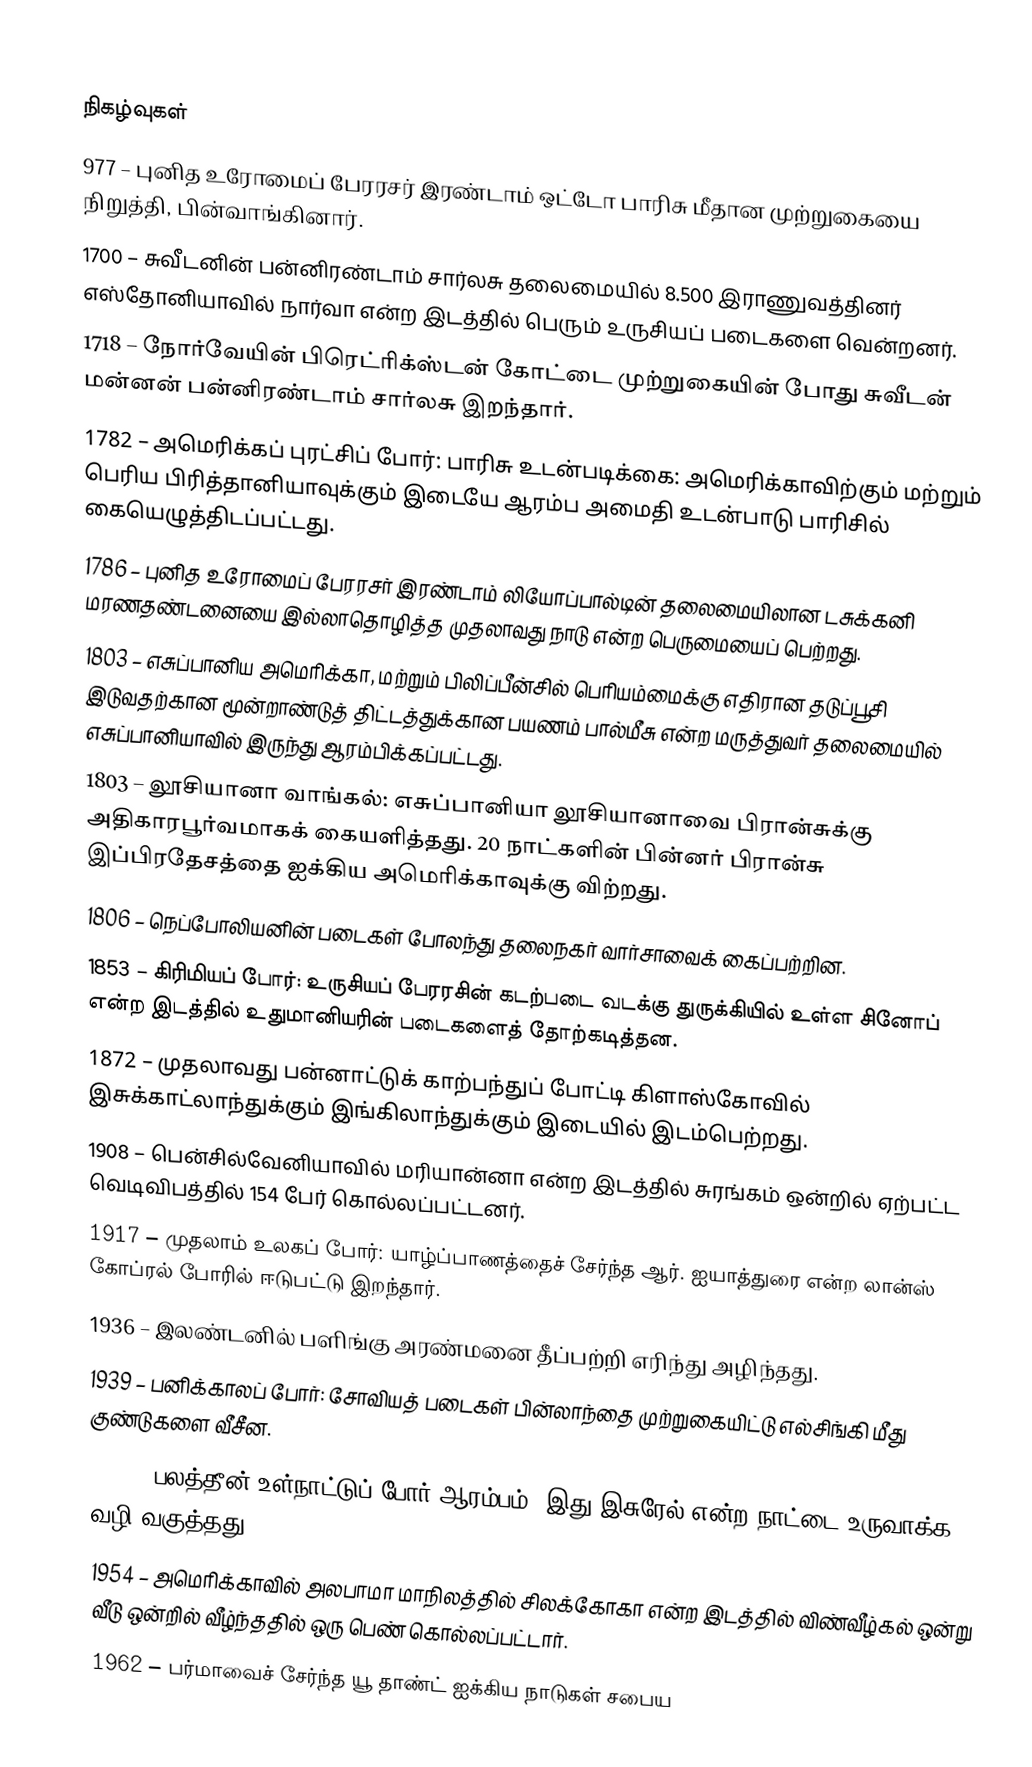

நிகழ்வுகள்
 977 – புனித உரோமைப் பேரரசர் இரண்டாம் ஒட்டோ பாரிசு மீதான முற்றுகையை நிறுத்தி, பின்வாங்கினார்.
1700 – சுவீடனின் பன்னிரண்டாம் சார்லசு தலைமையில் 8.500 இராணுவத்தினர் எஸ்தோனியாவில் நார்வா என்ற இடத்தில் பெரும் உருசியப் படைகளை வென்றனர்.
1718 – நோர்வேயின் பிரெட்ரிக்ஸ்டன் கோட்டை முற்றுகையின் போது சுவீடன் மன்னன் பன்னிரண்டாம் சார்லசு இறந்தார்.
1782 – அமெரிக்கப் புரட்சிப் போர்: பாரிசு உடன்படிக்கை: அமெரிக்காவிற்கும் மற்றும் பெரிய பிரித்தானியாவுக்கும் இடையே ஆரம்ப அமைதி உடன்பாடு பாரிசில் கையெழுத்திடப்பட்டது.
1786 – புனித உரோமைப் பேரரசர் இரண்டாம் லியோப்பால்டின் தலைமையிலான டசுக்கனி மரணதண்டனையை இல்லாதொழித்த முதலாவது நாடு என்ற பெருமையைப் பெற்றது.
1803 – எசுப்பானிய அமெரிக்கா, மற்றும் பிலிப்பீன்சில் பெரியம்மைக்கு எதிரான தடுப்பூசி இடுவதற்கான மூன்றாண்டுத் திட்டத்துக்கான பயணம் பால்மீசு என்ற மருத்துவர் தலைமையில் எசுப்பானியாவில் இருந்து ஆரம்பிக்கப்பட்டது.
1803 – லூசியானா வாங்கல்: எசுப்பானியா லூசியானாவை பிரான்சுக்கு அதிகாரபூர்வமாகக் கையளித்தது. 20 நாட்களின் பின்னர் பிரான்சு இப்பிரதேசத்தை ஐக்கிய அமெரிக்காவுக்கு விற்றது.
1806 – நெப்போலியனின் படைகள் போலந்து தலைநகர் வார்சாவைக் கைப்பற்றின.
1853 – கிரிமியப் போர்: உருசியப் பேரரசின் கடற்படை வடக்கு துருக்கியில் உள்ள சினோப் என்ற இடத்தில் உதுமானியரின் படைகளைத் தோற்கடித்தன.
1872 – முதலாவது பன்னாட்டுக் காற்பந்துப் போட்டி கிளாஸ்கோவில் இசுக்காட்லாந்துக்கும் இங்கிலாந்துக்கும் இடையில் இடம்பெற்றது.
1908 – பென்சில்வேனியாவில் மரியான்னா என்ற இடத்தில் சுரங்கம் ஒன்றில் ஏற்பட்ட வெடிவிபத்தில் 154 பேர் கொல்லப்பட்டனர்.
1917 – முதலாம் உலகப் போர்: யாழ்ப்பாணத்தைச் சேர்ந்த ஆர். ஐயாத்துரை என்ற லான்ஸ் கோப்ரல் போரில் ஈடுபட்டு இறந்தார்.
1936 – இலண்டனில் பளிங்கு அரண்மனை தீப்பற்றி எரிந்து அழிந்தது.
1939 – பனிக்காலப் போர்: சோவியத் படைகள் பின்லாந்தை முற்றுகையிட்டு எல்சிங்கி மீது குண்டுகளை வீசீன.
1947 – பலத்தீன் உள்நாட்டுப் போர் ஆரம்பம். இது இசுரேல் என்ற நாட்டை உருவாக்க வழி வகுத்தது.
1954 – அமெரிக்காவில் அலபாமா மாநிலத்தில் சிலக்கோகா என்ற இடத்தில் விண்வீழ்கல் ஒன்று வீடு ஒன்றில் வீழ்ந்ததில் ஒரு பெண் கொல்லப்பட்டார்.
1962 – பர்மாவைச் சேர்ந்த யூ தாண்ட் ஐக்கிய நாடுகள் சபைய